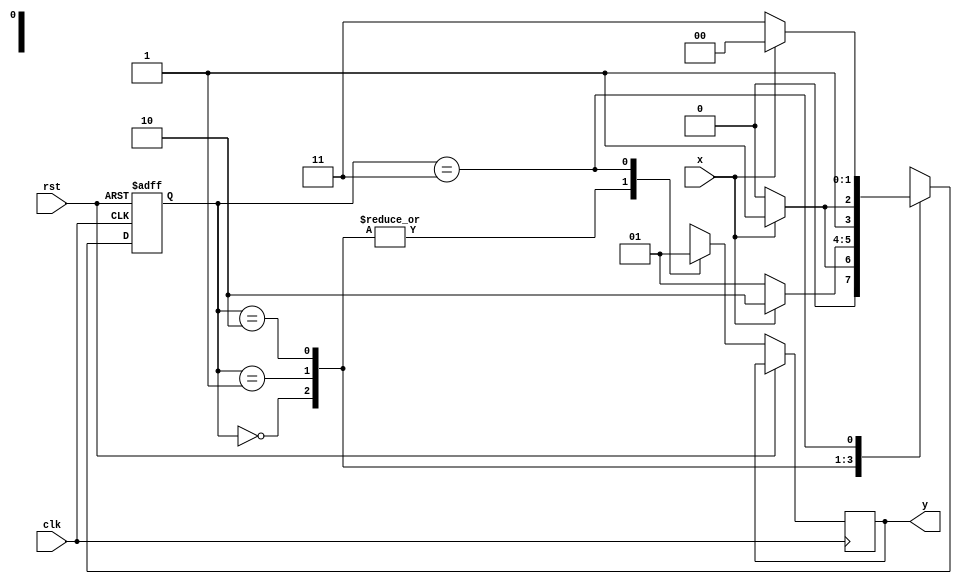
`timescale 1ns / 1ps
//////////////////////////////////////////////////////////////////////////////////
// Company: 
// Engineer: 
// 
// Design Name: 
// Module Name:    FSM1 
// Project Name: 
// Target Devices: 
// Tool versions: 
// Description: 
//
// Dependencies: 
//
// Revision: 
// Revision 0.01 - File Created
// Additional Comments: 
//
//////////////////////////////////////////////////////////////////////////////////
module FSM1(input x , clk , rst , output reg y);
parameter A = 2'b00;
parameter B = 2'b01;
parameter C = 2'b10;
parameter D = 2'b11;
reg [1:0]p,n;

always @(posedge clk or posedge rst)
begin
	if(rst) p = A;
	else
		begin
			case({p})
				A : 
					begin
						y = 0;
						if(x) n = B ;
						else n = A;
					end
				B : 
					begin
						y = 0;
						if(x) n = C;
						else n = B;
					end
				C : 
					begin
						y = 0;
						if(x) n = D;
						else n = C;
					end
				D : 
					begin
						y = 1;
						if(x) n = A;
						else n = D;
					end
			endcase
			p = n;
		end
	end
endmodule